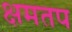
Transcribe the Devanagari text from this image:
क्षमतप